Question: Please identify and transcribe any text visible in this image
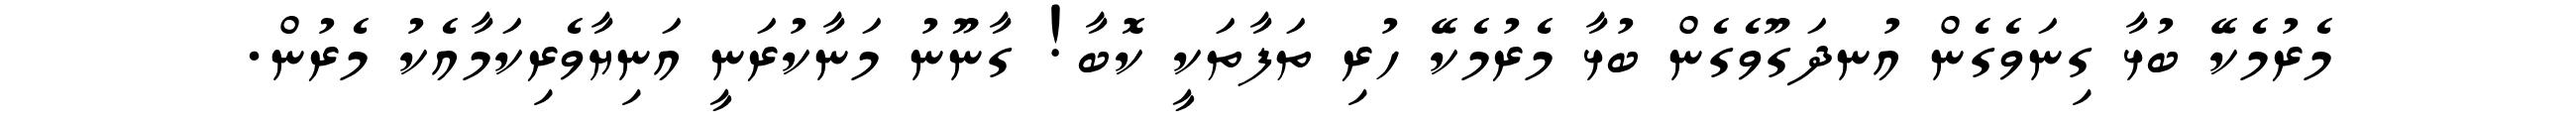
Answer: މެރުމެކޭ ބުޅާ ގިނަވެގެން އުނދަގޫވެގެން ބުޅާ މެރުމެކޭ ހުރި ތަފާތަކީ ކޮބާ! ގާނޫނު މަނާކުރަނީ އަނިޔާވެރިކަމާއެކު މެރުން.